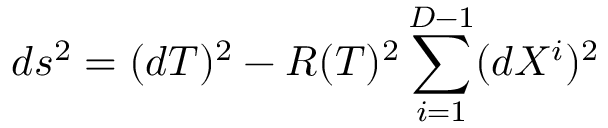
d s ^ { 2 } = ( d T ) ^ { 2 } - R ( T ) ^ { 2 } \sum _ { i = 1 } ^ { D - 1 } ( d X ^ { i } ) ^ { 2 }